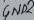
Text: GND2